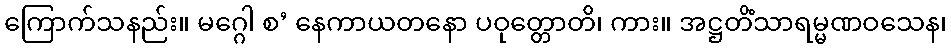
ကြောက်သနည်း။ မဂ္ဂေါ စ’ နေကာယတနော ပဝုတ္တောတိ၊ ကား။ အဋ္ဌတိံသာရမ္မဏဝသေန၊